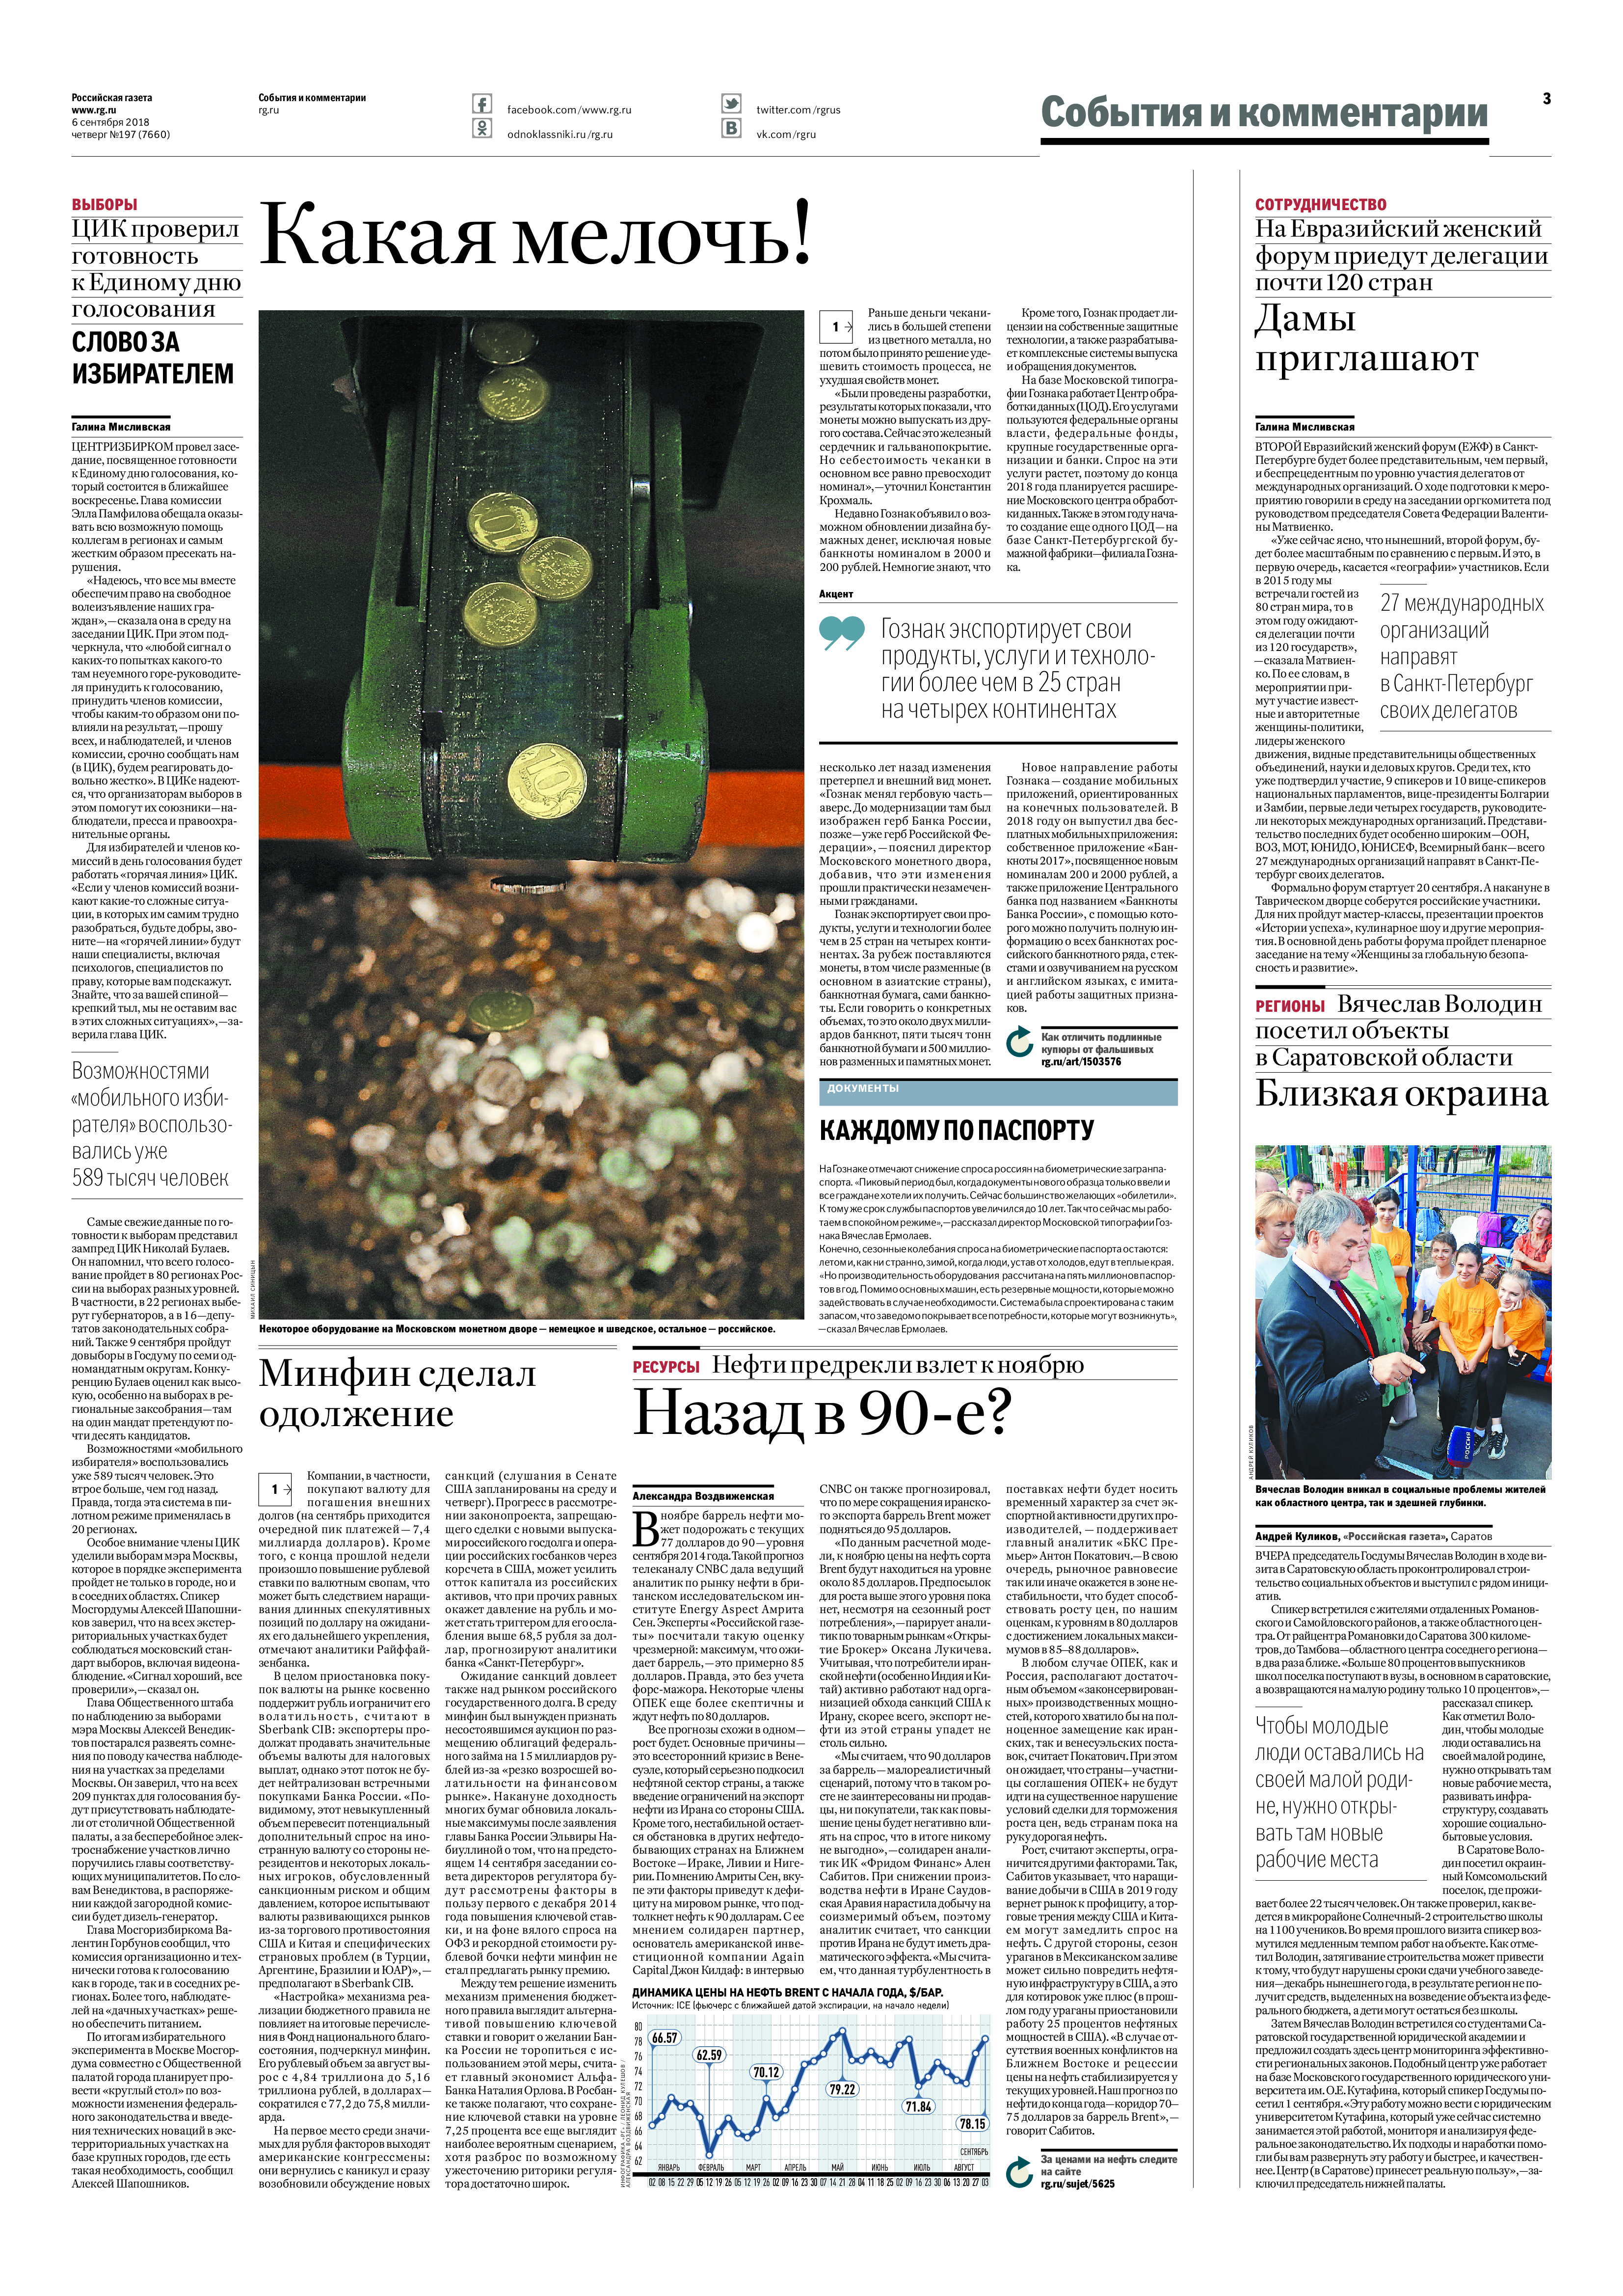
Language: ru